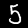
Label: 5